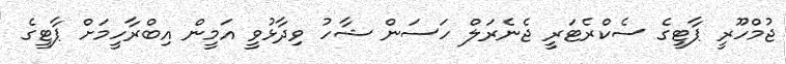
ޖުމްހޫރީ ޕާޓީގެ ސެކްރެޓަރީ ޖެނެރަލް ހަސަން ޝާހު ވިދާޅުވީ އަމީން އިބްރާހީމަށް ޕާޓީގެ